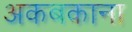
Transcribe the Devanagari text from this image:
अकबकाना